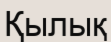
Қылық